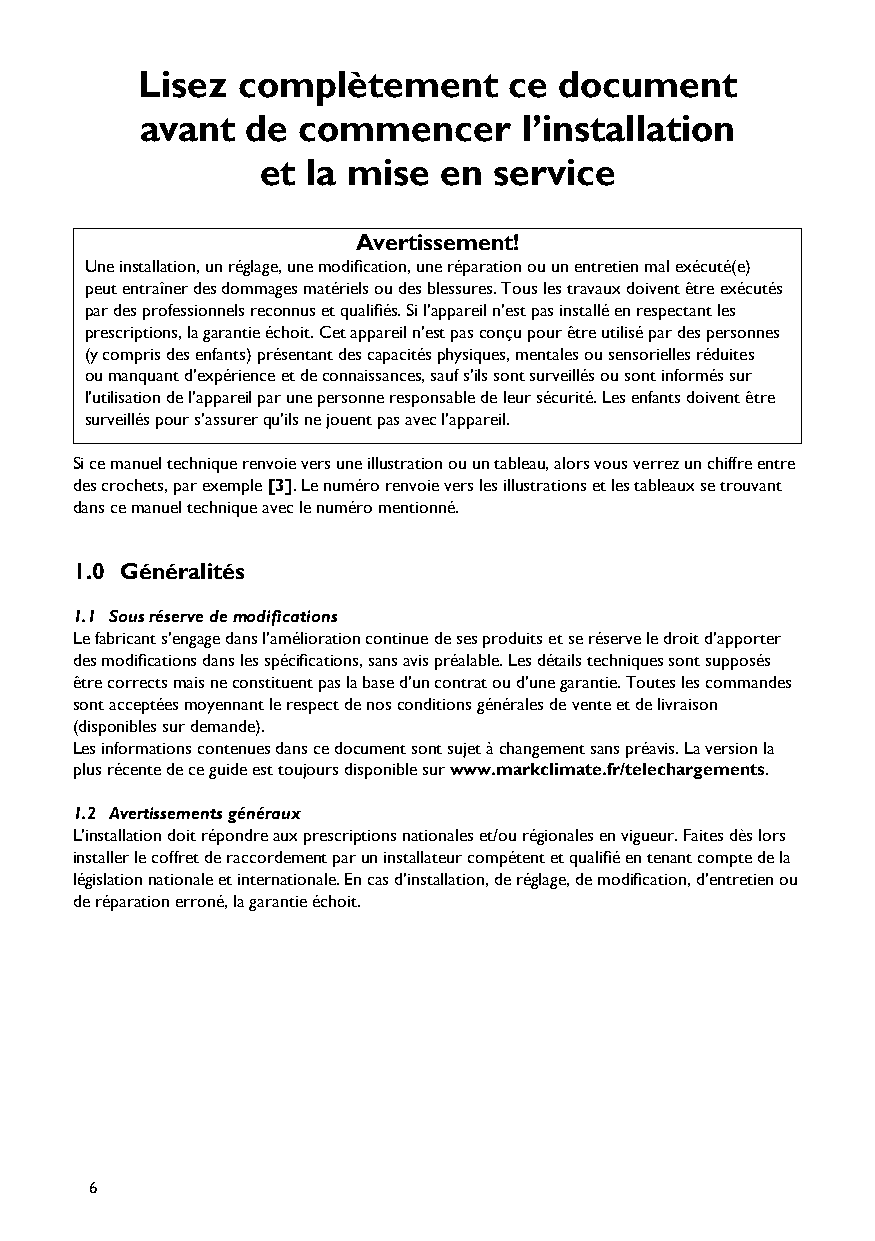
Lisez  complètement      ce document
 avant  de  commencer      l’installation
 et la mise  en  service
 Avertissement!
 Une installation, un réglage, une modification, une réparation ou un entretien mal exécuté(e)
 peut entraîner des dommages matériels ou des blessures. Tous les travaux doivent être exécutés
 par des professionnels reconnus et qualifiés. Si l’appareil n’est pas installé en respectant les
 prescriptions, la garantie échoit. Cet appareil n’est pas conçu pour être utilisé par des personnes
 (y compris des enfants) présentant des capacités physiques, mentales ou sensorielles réduites
 ou manquant d’expérience et de connaissances, sauf s’ils sont surveillés ou sont informés sur
 l’utilisation de l’appareil par une personne responsable de leur sécurité. Les enfants doivent être
 surveillés pour s’assurer qu’ils ne jouent pas avec l’appareil.
 Si ce manuel technique renvoie vers une illustration ou un tableau, alors vous verrez un chiffre entre
 des crochets, par exemple [3]. Le numéro renvoie vers les illustrations et les tableaux se trouvant
 dans ce manuel technique avec le numéro mentionné.
 1.0 Généralités
 1.1 Sous réserve de modifications
 Le fabricant s’engage dans l’amélioration continue de ses produits et se réserve le droit d’apporter
 des modifications dans les spécifications, sans avis préalable. Les détails techniques sont supposés
 être corrects mais ne constituent pas la base d’un contrat ou d’une garantie. Toutes les commandes
 sont acceptées moyennant le respect de nos conditions générales de vente et de livraison
 (disponibles sur demande).
 Les informations contenues dans ce document sont sujet à changement sans préavis. La version la
 plus récente de ce guide est toujours disponible sur www.markclimate.fr/telechargements.
 1.2 Avertissements généraux
 L’installation doit répondre aux prescriptions nationales et/ou régionales en vigueur. Faites dès lors
 installer le coffret de raccordement par un installateur compétent et qualifié en tenant compte de la
 législation nationale et internationale. En cas d’installation, de réglage, de modification, d’entretien ou
 de réparation erroné, la garantie échoit.
 6